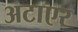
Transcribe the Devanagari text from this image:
अटाएर